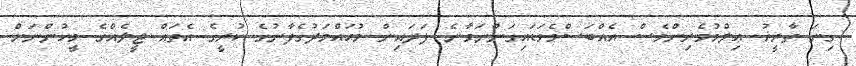
ގިނަ ތާރީޚު ޢިލްމުވެރިންވެސް އެއްބަސްވެވަޑައިގަންނަވާނެ ފަދައިން މުޙައްމަދުގެފާނުގެ ކުރީގެ އެތައް ޖީލެއްގެ މީހުންނަށް